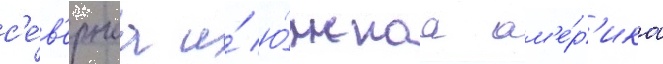
с'е́в'ернаа и́ ю́жнаа ам'е́р'ика